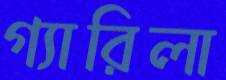
গ্যারিলা